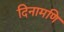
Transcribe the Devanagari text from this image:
दिनामणि